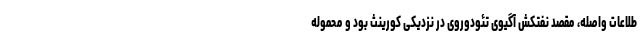
طلاعات واصله، مقصد نفتکش آگیوی تئودوروی در نزدیکی کورینث بود و محموله